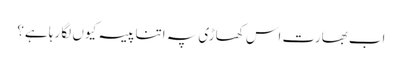
اب بھارت اس کھاڑی پہ اتنا پیسہ کیوں لگا رہا ہے؟